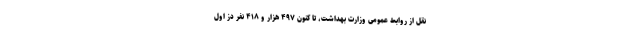
نقل از روابط عمومی وزارت بهداشت، تا کنون ۴۹۷ هزار و ۴۱۸ نفر دُز اول